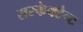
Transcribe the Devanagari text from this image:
सरफेक्टैन्ट